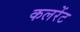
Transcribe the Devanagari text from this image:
कलरेंट